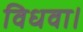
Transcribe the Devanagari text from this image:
विधवा।